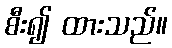
စီး၍ ထားသည်။